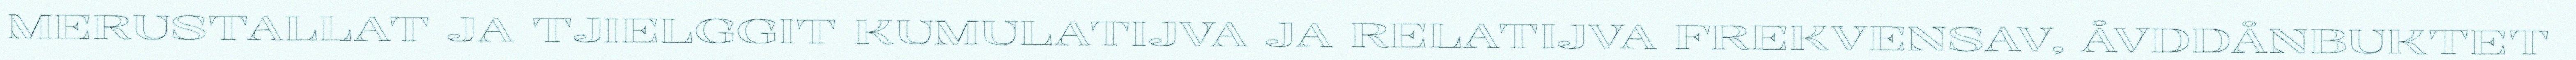
MERUSTALLAT JA TJIELGGIT KUMULATIJVA JA RELATIJVA FREKVENSAV, ÅVDDÅNBUKTET